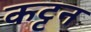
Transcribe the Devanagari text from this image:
कट्टन